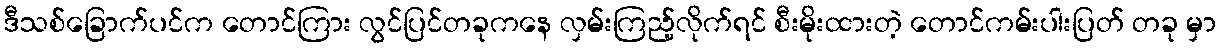
ဒီသစ်ခြောက်ပင်က တောင်ကြား လွင်ပြင်တခုကနေ လှမ်းကြည့်လိုက်ရင် စီးမိုးထားတဲ့ တောင်ကမ်းပါးပြတ် တခု မှာ